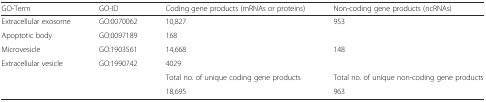
<table><thead><tr><td><b>GO-Term</b></td><td><b>GO-ID</b></td><td><b>Coding gene products (mRNAs or proteins)</b></td><td><b>Non-coding gene products (ncRNAs)</b></td></tr></thead><tbody><tr><td>Extracellular exosome</td><td>GO:0070062</td><td>10,827</td><td>953</td></tr><tr><td>Apoptotic body</td><td>GO:0097189</td><td>168</td><td></td></tr><tr><td>Microvesicle</td><td>GO:1903561</td><td>14,668</td><td>148</td></tr><tr><td>Extracellular vesicle</td><td>GO:1990742</td><td>4029</td><td></td></tr><tr><td rowspan="2" colspan="2"></td><td>Total no. of unique coding gene products</td><td>Total no. of unique non-coding gene products</td></tr><tr><td>18,695</td><td>963</td></tr></tbody></table>